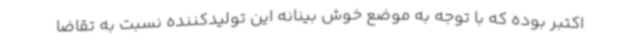
اکتبر بوده که با توجه به موضع خوش بینانه این تولیدکننده نسبت به تقاضا